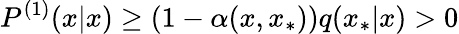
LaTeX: P^{(1)}(x|x)\geq(1-\alpha(x,x_{*}))q(x_{*}|x)>0